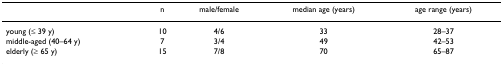
|  | n | male/female | median age (years) | age range (years) |
 | --- | --- | --- | --- | --- |
 | young (≤ 39 y) | 10 | 4/6 | 33 | 28–37 |
 | middle-aged (40–64 y) | 7 | 3/4 | 49 | 42–53 |
 | elderly (≥ 65 y) | 15 | 7/8 | 70 | 65–87 |